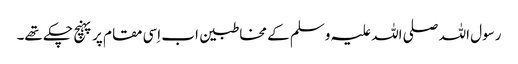
رسول اللہ صلی اللہ علیہ وسلم کے مخاطبین اب اِسی مقام پر پہنچ چکے تھے۔